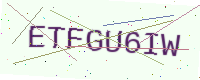
Text: ETFGU6IW